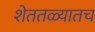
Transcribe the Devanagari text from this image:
शेततळ्यातच